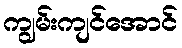
ကျွမ်းကျင်အောင်